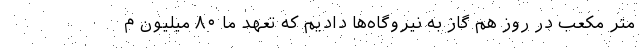
متر مکعب در روز هم گاز به نیروگاه‌ها دادیم که تعهد ما ۸۰ میلیون م